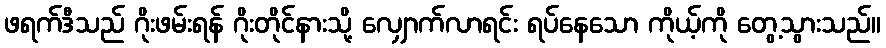
ဖရက်ဒီသည် ဂိုးဖမ်းရန် ဂိုးတိုင်နားသို့ လျှောက်လာရင်း ရပ်နေသော ကိုယ့်ကို တွေ့သွားသည်။